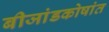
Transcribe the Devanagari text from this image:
बीजांडकोषांत